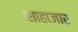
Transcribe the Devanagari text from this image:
शाहाजार